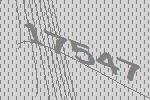
17547